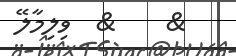
&    &  ވިލިމާލޭ